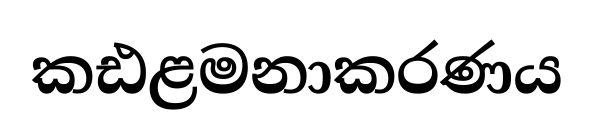
කඪළමනාකරණය